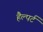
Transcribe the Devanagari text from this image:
हैल्पर्ट